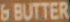
6 BUTTER